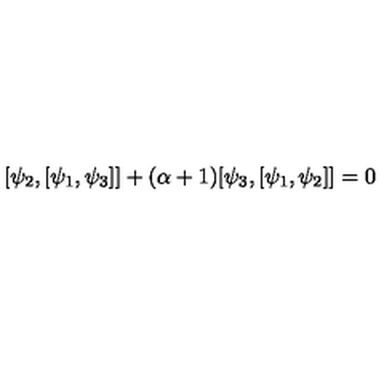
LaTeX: [ \psi _ { 2 } , [ \psi _ { 1 } , \psi _ { 3 } ] ] + ( \alpha + 1 ) [ \psi _ { 3 } , [ \psi _ { 1 } , \psi _ { 2 } ] ] = 0